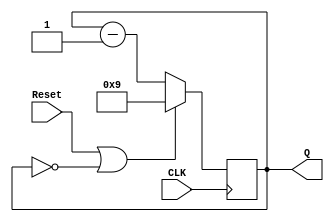
module mod10_counter (
	input wire CLK, Reset, 
	output reg [3:0] Q
);
	always @ (posedge CLK) begin
      if(Reset || Q == 4'b0000)
      		Q <= 4'b1001;
		else
			Q <= Q - 1;
	end
endmodule